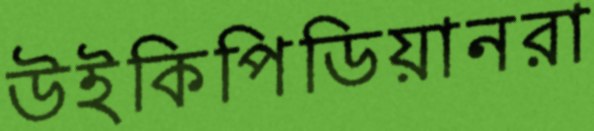
উইকিপিডিয়ানরা